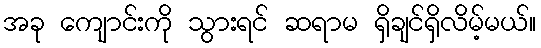
အခု ကျောင်းကို သွားရင် ဆရာမ ရှိချင်ရှိလိမ့်မယ်။